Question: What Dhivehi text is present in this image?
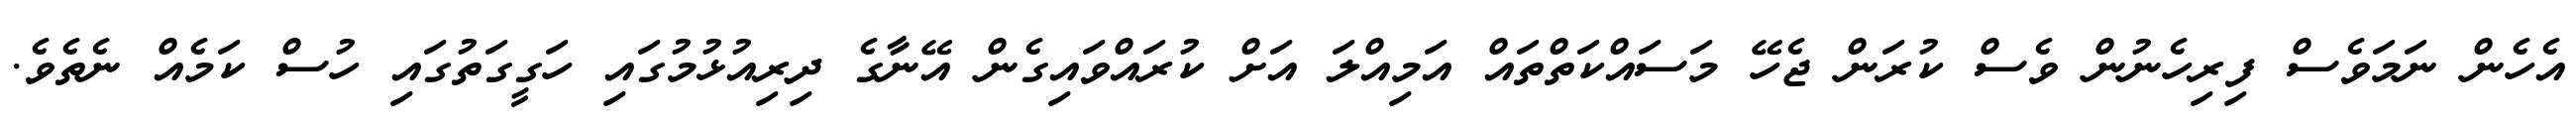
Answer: އެހެން ނަމަވެސް ފިރިހެނުން ވެސް ކުރަން ޖެހޭ މަސައްކަތްތައް އަމިއްލަ އަށް ކުރައްވައިގެން އޭނާގެ ދިރިއުޅުމުގައި ހަގީގަތުގައި ހުސް ކަމެއް ނެތެވެ.